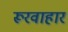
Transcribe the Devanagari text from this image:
रूरवाहार